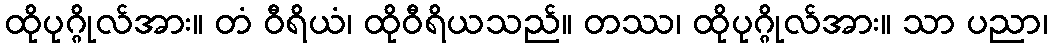
ထိုပုဂ္ဂိုလ်အား။ တံ ဝီရိယံ၊ ထိုဝီရိယသည်။ တဿ၊ ထိုပုဂ္ဂိုလ်အား။ သာ ပညာ၊